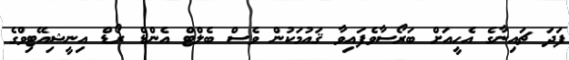
ފަދަ ޗައިނާގެ އެހީއަށް ބަރޯސާވެފައިވާ ޤައުމަކުން ވެސް ބެލްޓް އެންޑް ރޯޑް އިނީޝިއޭޓިވްގެ